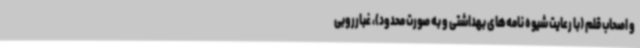
و اصحاب قلم (با رعایت شیوه نامه‌های بهداشتی و به صورت محدود)، غبارروبی